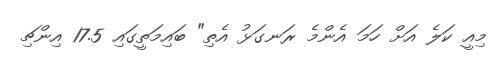
މިއީ ކަލެ އަށް ހަމަ އެންމެ ރަނގަޅު އެތި" ބައިމަތީގައި 17.5 އިންޗި